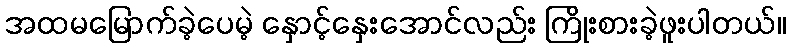
အထမမြောက်ခဲ့ပေမဲ့ နှောင့်နှေးအောင်လည်း ကြိုးစားခဲ့ဖူးပါတယ်။